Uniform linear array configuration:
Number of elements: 8
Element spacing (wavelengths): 0.5
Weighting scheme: exponential
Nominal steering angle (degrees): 0
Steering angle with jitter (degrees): -1.508
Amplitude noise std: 0.05
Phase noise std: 0.05

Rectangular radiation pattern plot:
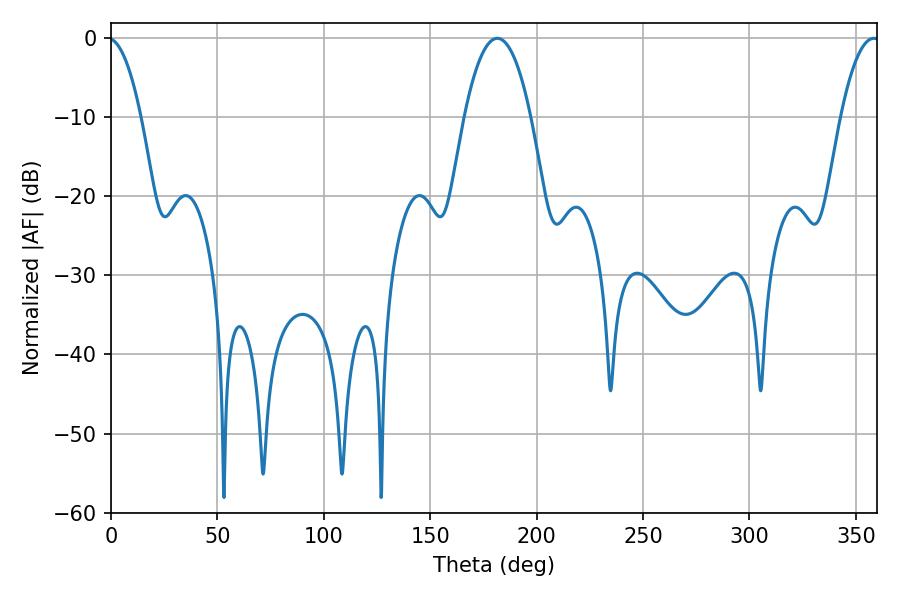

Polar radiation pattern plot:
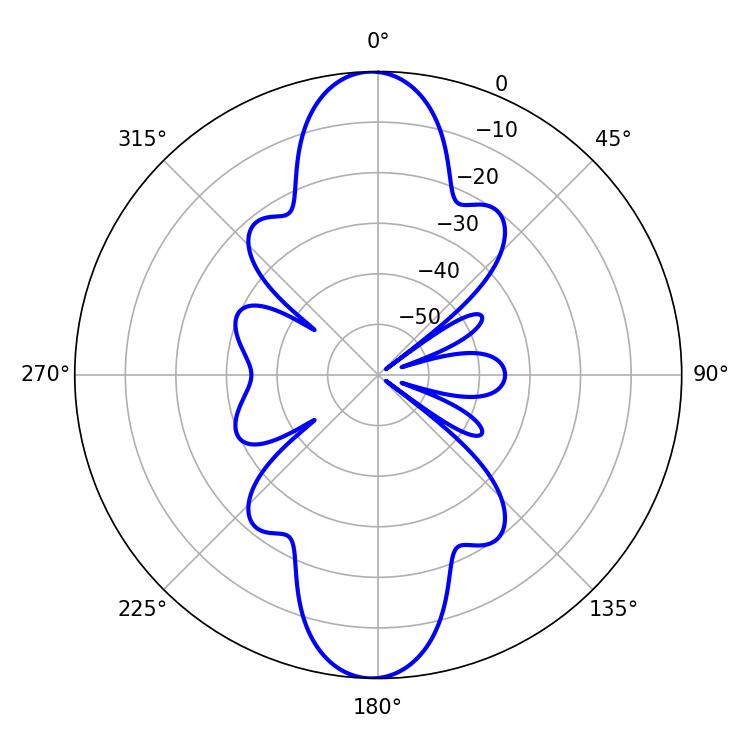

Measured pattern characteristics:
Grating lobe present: FALSE
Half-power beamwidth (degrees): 17.46
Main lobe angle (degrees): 181.44